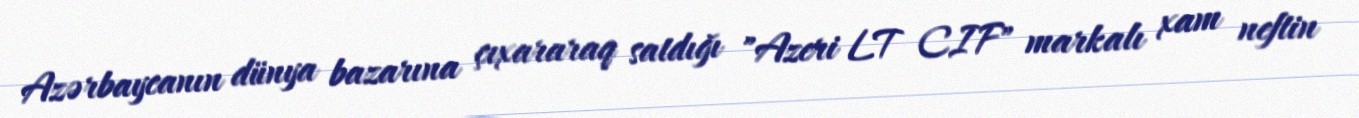
Azərbaycanın dünya bazarına çıxararaq satdığı "Azeri LT CIF" markalı xam neftin